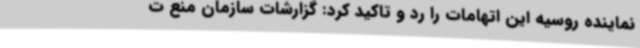
نماینده روسیه این اتهامات را رد و تاکید کرد: گزارشات سازمان منع ت